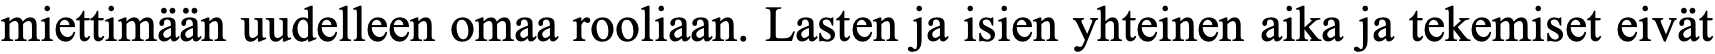
miettimään uudelleen omaa rooliaan. Lasten ja isien yhteinen aika ja tekemiset eivät